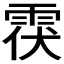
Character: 𲉶